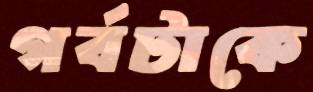
গর্বটাকে